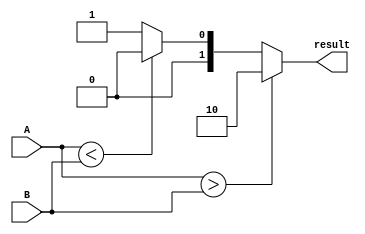
module unsigned_magnitude_comparator #(
    parameter N = 8
) (
    input [N-1:0] A,
    input [N-1:0] B,
    output reg [1:0] result
);

always @(*) begin
    if(A > B) begin
        result = 2'b10; // A > B
    end else if(A < B) begin
        result = 2'b00; // A < B
    end else begin
        result = 2'b01; // A = B
    end
end

endmodule